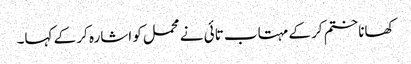
کھانا ختم کر کے مہتاب تائی نے محمل کو اشارہ کر کے کہا۔